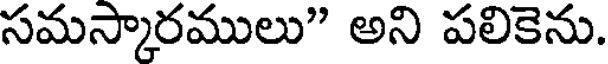
సమస్కారములు" అని పలికెను.